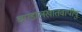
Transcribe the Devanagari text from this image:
चण्डालखातवापीषु